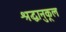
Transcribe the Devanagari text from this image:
श्रद्धानुकूल